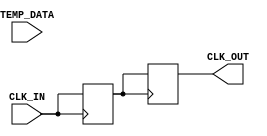
module TempCompClockBuffer (
    input wire CLK_IN,          // Input clock signal
    input wire [7:0] TEMP_DATA, // Temperature data input (simulated)
    output reg CLK_OUT          // Output clock signal
);

// Parameters for compensation (these would be tuned based on actual requirements)
parameter TEMP_THRESHOLD = 8'd25; // Example threshold temperature
parameter COMPENSATION_FACTOR = 2; // Example compensation factor

// Internal signals
reg [7:0] compensated_delay; // Delay compensation based on temperature
reg clk_buffer;              // Buffered clock signal

// Schmitt Trigger-like behavior (simplified)
always @(posedge CLK_IN) begin
    if (TEMP_DATA > TEMP_THRESHOLD) begin
        compensated_delay <= COMPENSATION_FACTOR; // Increase delay for higher temp
    end else begin
        compensated_delay <= 8'd1; // Normal delay
    end
end

// Clock Buffering Logic
always @(posedge CLK_IN) begin
    // Simple clock buffering logic with compensation
    clk_buffer <= CLK_IN;
end

// Output clock generation with compensation
always @(posedge clk_buffer) begin
    // Adjust output clock based on compensated delay
    if (compensated_delay > 8'd1) begin
        // Introduce delay based on compensation (simplified)
        #compensated_delay CLK_OUT <= clk_buffer;
    end else begin
        CLK_OUT <= clk_buffer;
    end
end

endmodule